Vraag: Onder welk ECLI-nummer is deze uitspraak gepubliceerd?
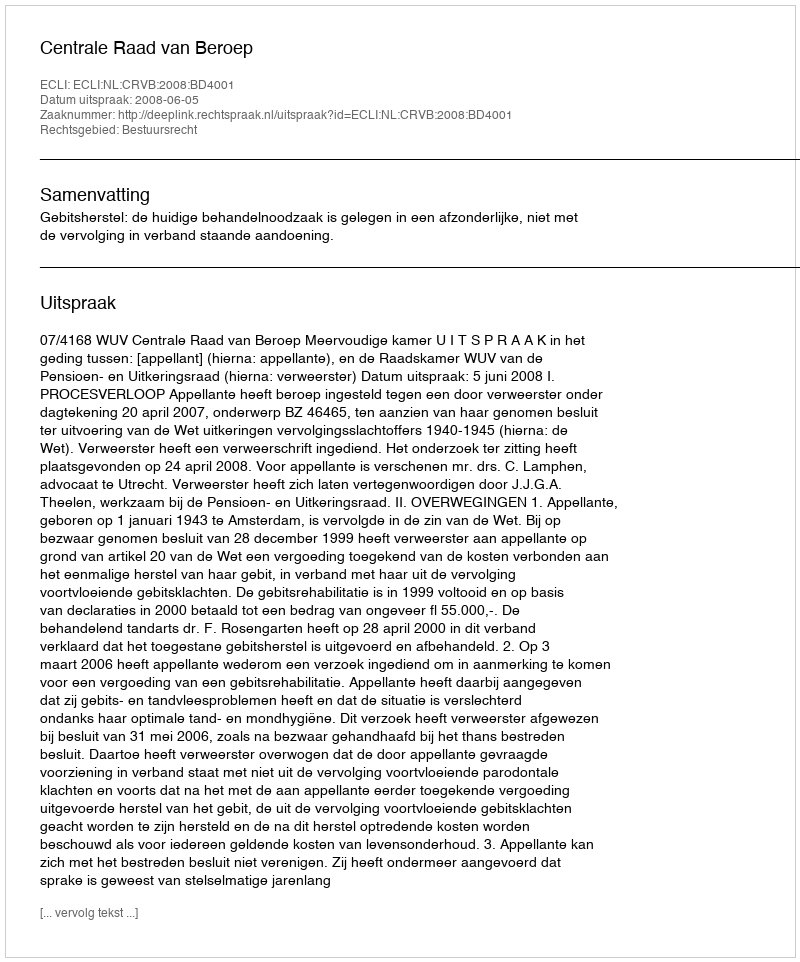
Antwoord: ECLI:NL:CRVB:2008:BD4001